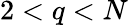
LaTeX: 2<q<N